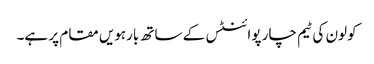
کولون کی ٹیم چار پوائنٹس کے ساتھ بارہویں مقام پر ہے۔